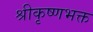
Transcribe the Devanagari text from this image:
श्रीकृष्णभक्त